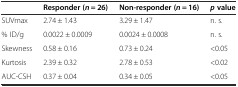
<table><thead><tr><td></td><td><b>Responder (<i>n</i> = 26)</b></td><td><b>Non-responder (<i>n</i> = 16)</b></td><td><b><i>p</i>value</b></td></tr></thead><tbody><tr><td>SUVmax</td><td>2.74 ± 1.43</td><td>3.29 ± 1.47</td><td>n. s.</td></tr><tr><td>% ID/g</td><td>0.0022 ± 0.0009</td><td>0.0024 ± 0.0008</td><td>n. s.</td></tr><tr><td>Skewness</td><td>0.58 ± 0.16</td><td>0.73 ± 0.24</td><td>&lt;0.05</td></tr><tr><td>Kurtosis</td><td>2.39 ± 0.32</td><td>2.78 ± 0.53</td><td>&lt;0.02</td></tr><tr><td>AUC-CSH</td><td>0.37 ± 0.04</td><td>0.34 ± 0.05</td><td>&lt;0.05</td></tr></tbody></table>